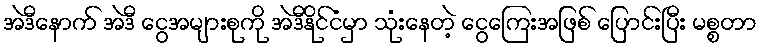
အဲဒီနောက် အဲဒီ ငွေအများစုကို အဲဒီနိုင်ငံမှာ သုံးနေတဲ့ ငွေကြေးအဖြစ် ပြောင်းပြီး မစ္စတာ